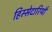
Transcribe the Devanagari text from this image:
हिस्सेदारियाँ